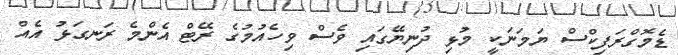
ޑެމޮގްރަފިކްސް ޔަމަނަކީ މުޅި ދުނިޔޭގައި ވެސް ވިހެއުމުގެ ރޭޓް އެންމެ ރަނގަޅު އެއް